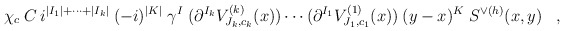
\begin{align*}\chi_c \:C\:i^{|I_1|+\cdots+|I_k|} \:(-i)^{|K|} \;\gamma^I\;(\partial^{I_k} V^{(k)}_{J_k, c_k}(x)) \cdots(\partial^{I_1} V^{(1)}_{J_1, c_1}(x))\:(y-x)^K \;S^{\vee (h)}(x,y) \;\;\; , \end{align*}